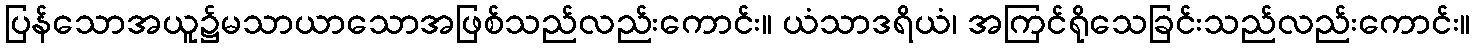
ပြန်သောအယူ၌မသာယာသောအဖြစ်သည်လည်းကောင်း။ ယံသာဒရိယံ၊ အကြင်ရိုသေခြင်းသည်လည်းကောင်း။